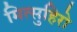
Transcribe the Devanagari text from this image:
मित्सुहिरो